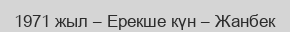
1971 жыл – Ерекше күн – Жанбек